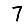
Digit: 7